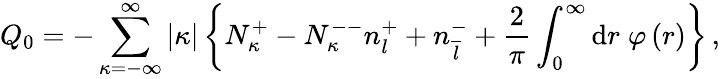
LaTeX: Q_{0}=-\sum_{\kappa=-\infty}^{\infty}\vert\kappa\vert\left\{ N_{\kappa}^{+}-N_{\kappa}^{--}n_{l}^{+}+n_{\overline{{l}}}^{-}+\frac{2}{\pi}\int_{0}^{\infty}\mathrm{d}r\; \varphi\left(r\right)\right\} \, ,